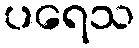
ပရေသ